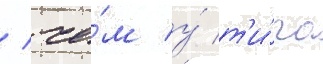
/ че́м у́ т'и́па